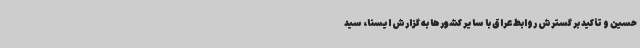
حسین و تأکید بر گسترش روابط عراق با سایر کشورها به گزارش ایسنا، سید